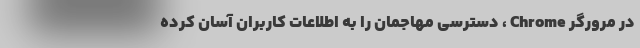
در مرورگر Chrome ، دسترسی مهاجمان را به اطلاعات کاربران آسان کرده